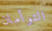
التوأمان